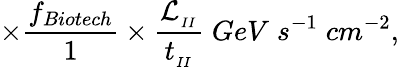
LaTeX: \times\frac{f_{Biotech}}{1}\times\frac{\mathcal{L}_{_{II}}}{t_{_{II}}}\; GeV\; s^{-1}\; cm^{-2},